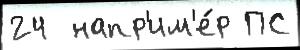
24  напр'им'е́р ПС